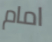
امام